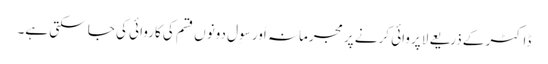
ڈاکٹر کے ذریعے لاپروائی کرنے پر مجرمانہ اَور سِوِل دونوں قسم کی کاروائی کی جا سکتی ہے۔